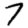
Digit: 7